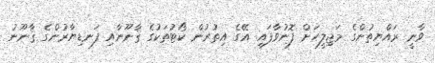
ވާނީ ރައްޔިތުންގެ މަޖިލީހަށް ފޮނުވާފައި. އޭގެ އިތުރުން ކޯޓުތަކުގެ ޤާނޫނާއި ފަނޑިޔާރުންގެ ޤާނޫނު